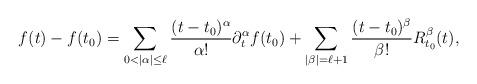
LaTeX: \begin{align*} f(t)-f(t_0) = \sum_{0< |\alpha| \leq \ell} \frac{(t-t_0)^\alpha }{\alpha!} \partial_t^\alpha f(t_0) + \sum_{|\beta|=\ell+1} \frac{(t-t_0)^\beta}{\beta!} R^\beta_{t_0}(t), \end{align*}